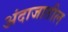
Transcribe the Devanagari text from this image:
अंदाजातील